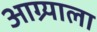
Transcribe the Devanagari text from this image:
आग्र्‍याला